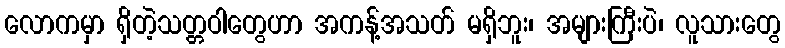
လောကမှာ ရှိတဲ့သတ္တဝါတွေဟာ အကန့်အသတ် မရှိဘူး၊ အများကြီးပဲ၊ လူသားတွေ